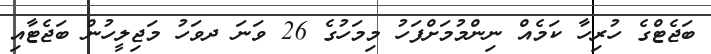
ބަޖެޓްގެ ހުރިހާ ކަމެއް ނިންމުމަށްފަހު މިމަހުގެ 26 ވަނަ ދވަހު މަޖިލީހުން ބަޖެޓާއި